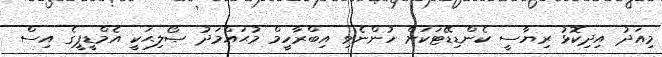
މިއަދު އިދިކޮޅު ރިޔާސީ ކެންޑިޑޭޓަކަށް ހުންނެވި އިބްރާހީމް މުޙައްމަދު ޞޯލިޙަކީ އެމްޑީޕީގެ އިސް